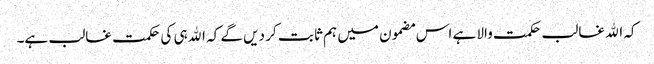
کہ اﷲ غالب حکمت والا ہے اس مضمون میں ہم ثا بت کر دیں گے کہ اﷲ ہی کی حکمت غالب ہے۔